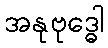
အနုဗုဒ္ဓေါ